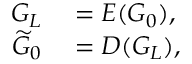
\begin{array} { r l } { G _ { L } } & { { } = { \cal E } ( G _ { 0 } ) , } \\ { \widetilde { G } _ { 0 } } & { { } = { \cal D } ( G _ { L } ) , } \end{array}